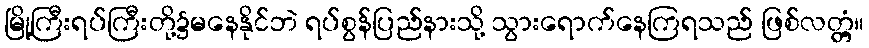
မြို့ကြီးရပ်ကြီးတို့၌မနေနိုင်ဘဲ ရပ်စွန်ပြည်နားသို့ သွားရောက်နေကြရသည် ဖြစ်လတ္တံ့။